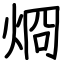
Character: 烱